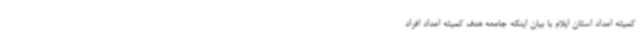
کمیته امداد استان ایلام با بیان اینکه جامعه هدف کمیته امداد افراد